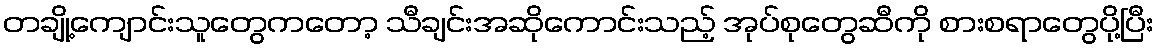
တချို့ကျောင်းသူတွေကတော့ သီချင်းအဆိုကောင်းသည့် အုပ်စုတွေဆီကို စားစရာတွေပို့ပြီး